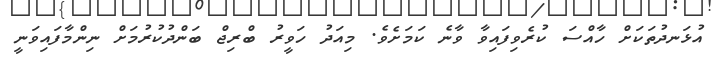
އުޅަނދުތަކަށް ހާއްސަ ކުރެވިފައިވާ ވާނެ ކަމަށެވެ. މިއަދު ހަވީރު ބްރިޖް ބަންދުކުރުމަށް ނިންމާފައިވަނީ